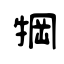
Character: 犅